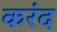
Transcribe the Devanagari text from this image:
करंद